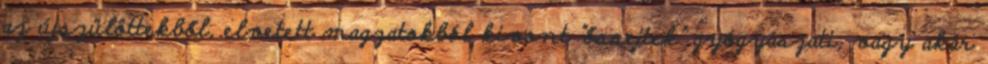
az újszülöttekből, elvetett magzatokból kivont "őssejtek" gyógyászati, vagy akár